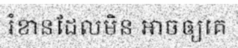
រំខានដែលមិន អាចឲ្យគេ